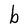
Character: b